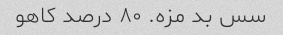
سس بد مزه. ۸۰ درصد کاهو